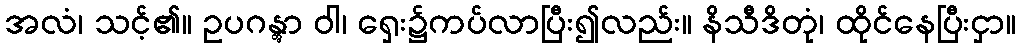
အလံ၊ သင့်၏။ ဥပဂန္တွာ ဝါ၊ ရှေး၌ကပ်လာပြီး၍လည်း။ နိသီဒိတုံ၊ ထိုင်နေပြီးငှာ။